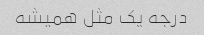
درجه یک مثل همیشه